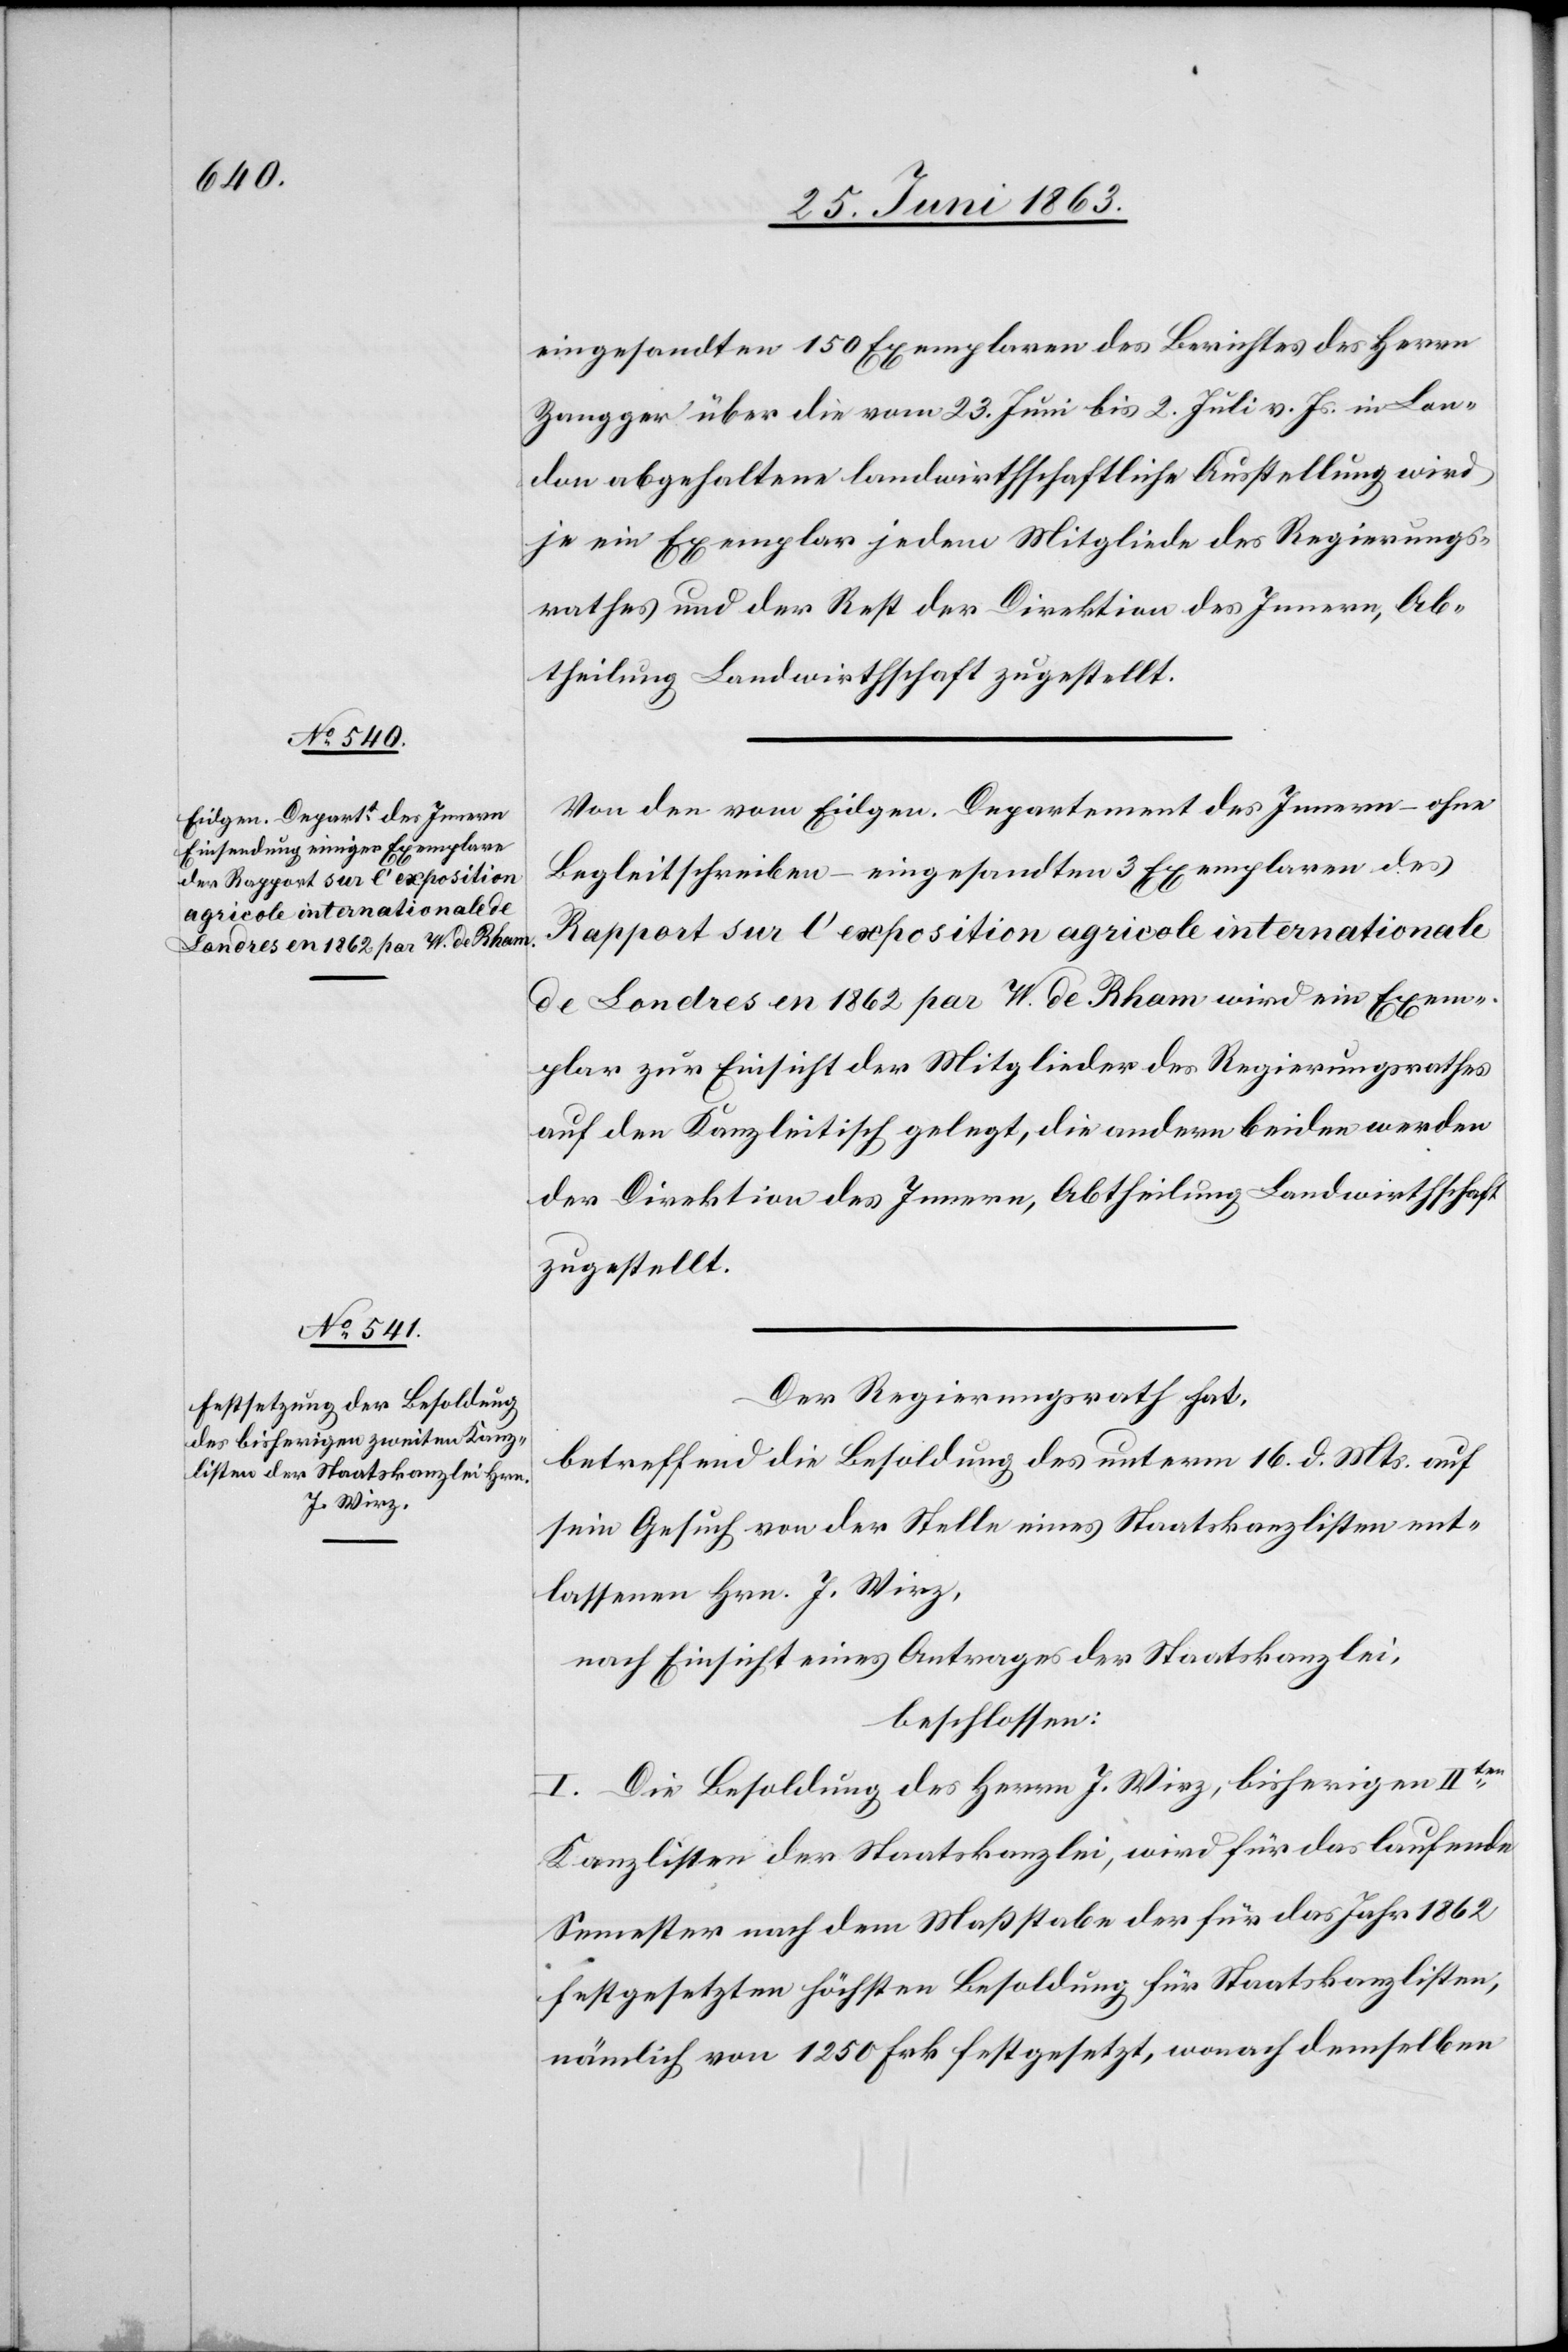
eingesandten 150 Exemplaren des Berichtes des Herrn
Zangger über die vom 23. Juni bis 2. Juli v. Js. in Lon¬
don abgehaltene landwirthschaftliche Ausstellung wird
je ein Exemplar jedem Mitgliede des Regierungs¬
rathes und der Rest der Direktion des Innern, Ab¬
theilung Landwirthschaft zugestellt.
Von den vom Eidgen. Departement des Innern – ohne
Begleitschreiben – eingesandten 3 Exemplaren des
Rapport sur l'exposition agricole internationale
de Londres en 1862 par W. de Rham wird ein Exem¬
plar zur Einsicht der Mitglieder des Regierungsrathes
auf den Kanzleitisch gelegt, die andern beiden werden
der Direktion des Innern, Abtheilung Landwirthschaft
zugestellt.
Der Regierungsrath hat,
betreffend die Besoldung des unterm 16. d. Mts. auf
sein Gesuch von der Stelle eines Staatskanzlisten ent¬
lassenen Hrn. J. Wirz,
nach Einsicht eines Antrages der Staatskanzlei,
beschlossen:
I. Die Besoldung des Herrn J. Wirz, bisherigen IIten
Kanzlisten der Staatskanzlei, wird für das laufende
Semester nach dem Maßstabe der für das Jahr 1862
festgesetzten höchsten Besoldung für Staatskanzlisten,
nämlich von 1250 Frk. festgesetzt, wonach demselben